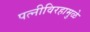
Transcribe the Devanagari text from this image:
पत्‍नीविरहामुळे